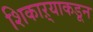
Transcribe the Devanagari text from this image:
शिकाऱ्याकडून